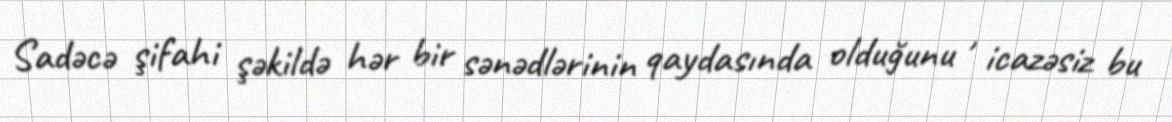
Sadəcə şifahi şəkildə hər bir sənədlərinin qaydasında olduğunu , icazəsiz bu